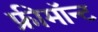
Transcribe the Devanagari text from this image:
फ्रीमॉन्‍ट